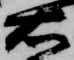
右